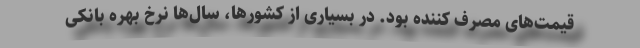
قیمت‌های مصرف کننده بود. در بسیاری از کشورها، سال‌ها نرخ بهره بانکی